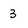
Character: 3